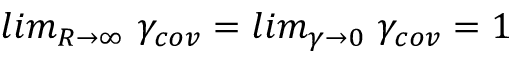
l i m _ { R \rightarrow \infty } \mathrm { ~ } \gamma _ { c o v } = l i m _ { \gamma \rightarrow 0 } \mathrm { ~ } \gamma _ { c o v } = 1